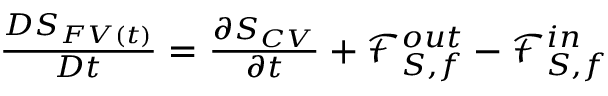
\begin{array} { r } { \frac { D S _ { F V ( t ) } } { D t } = \frac { \partial S _ { C V } } { \partial t } + \mathcal { F } _ { S , f } ^ { o u t } - \mathcal { F } _ { S , f } ^ { i n } } \end{array}